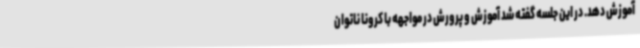
آموزش دهد. در این جلسه گفته شد آموزش و پرورش در مواجهه با کرونا ناتوان